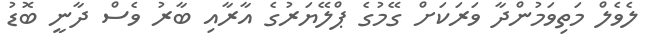
ލެވެލް މަތިވަމުންދާ ވަރަކަށް ގޭމުގެ ޕްލޭޔަރުގެ އާރާއި ބާރު ވެސް ދާނީ ބޮޑު